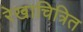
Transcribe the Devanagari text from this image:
रेखाचित्रित